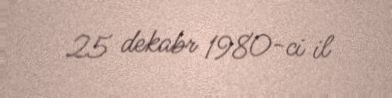
25 dekabr 1980-ci il